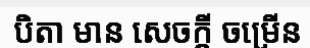
បិតា មាន សេចក្តី ចម្រើន